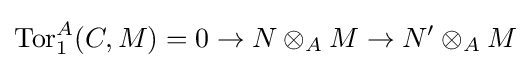
\operatorname {Tor} _{1}^{A}(C,M)=0\to N\otimes _{A}M\to N'\otimes _{A}M